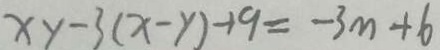
x y - 3 ( x - y ) - 1 9 = - 3 m + 6